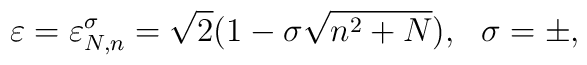
\varepsilon =\varepsilon^\sigma_{N,n}=\sqrt{2}(1-\sigma\sqrt{n^2+N}),~~\sigma =\pm ,